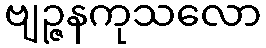
ဗျဉ္ဇနကုသလော